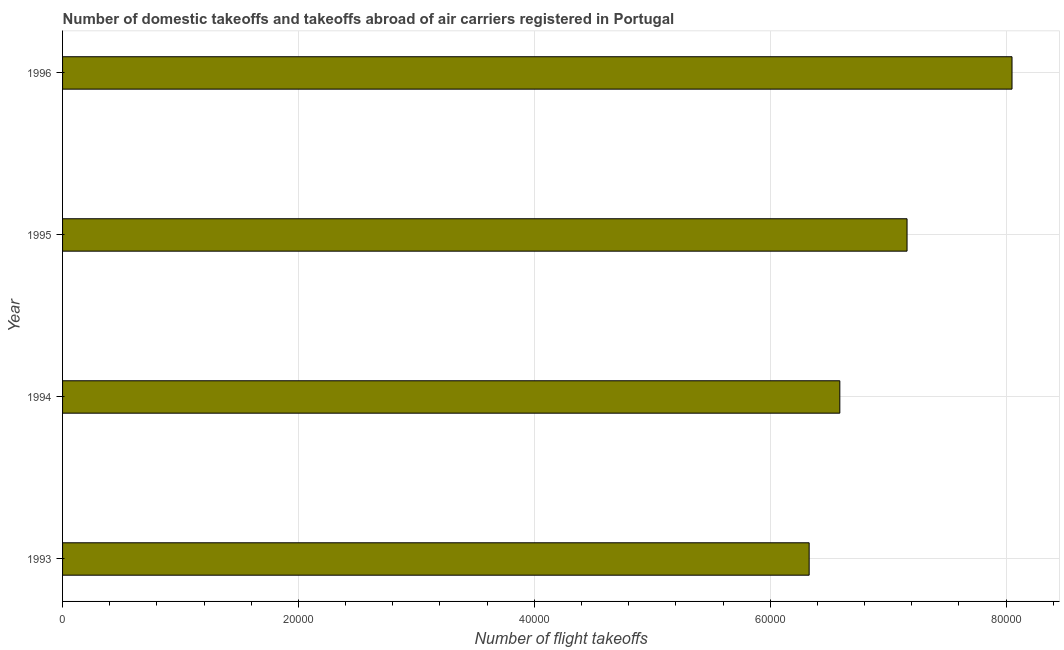
| Year | Air transport |
 | --- | --- |
 | 1993 | 6.33e+04 |
 | 1994 | 6.59e+04 |
 | 1995 | 7.16e+04 |
 | 1996 | 8.05e+04 |